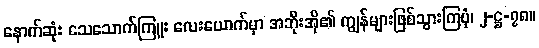
နောက်ဆုံး သေသောက်ကြူး လေးယောက်မှာ အဘိုးအို၏ ကျွန်များဖြစ်သွားကြပုံ၊ ၂-ဋ္ဌ-၇၈။